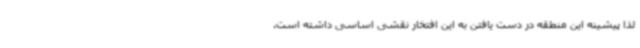
لذا پیشینه این منطقه در دست یافتن به این افتخار نقشی اساسی داشته است.